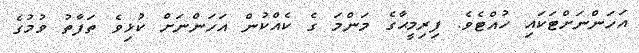
އަހަންނަށްޓަކައި ހުއްޓެވެ. ފިރިމީޙާގެ މަންމަ ގެ ކެއްކުން އަހަންނަށް ކުޅިވެ ތަފާތު ވުމުގެ